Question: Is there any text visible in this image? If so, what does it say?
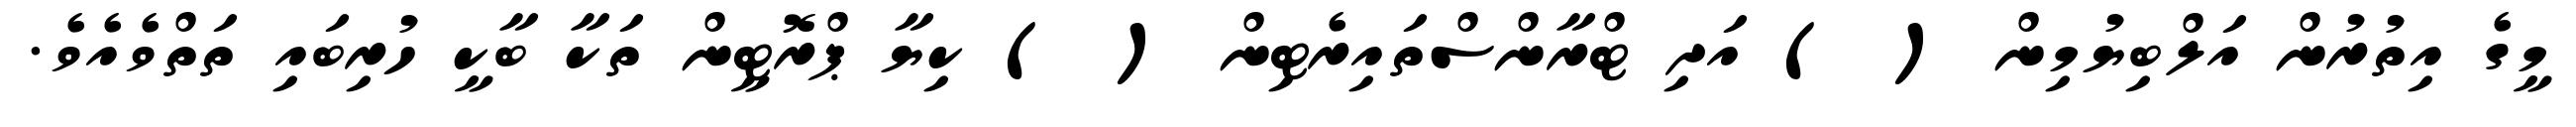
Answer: މީގެ އިތުރުން އަލްބިޔުމިން ( ) އަދި ޓްރާންސްތައިރެޓިން ( ) ކިޔާ ޕްރޮޓީން ތަކާ ބާކީ ހުރިބައި ތަތްވެއެވެ.